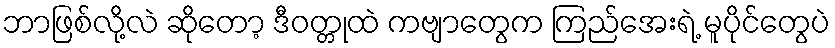
ဘာဖြစ်လို့လဲ ဆိုတော့ ဒီဝတ္တုထဲ ကဗျာတွေက ကြည်အေးရဲ့ မူပိုင်တွေပဲ